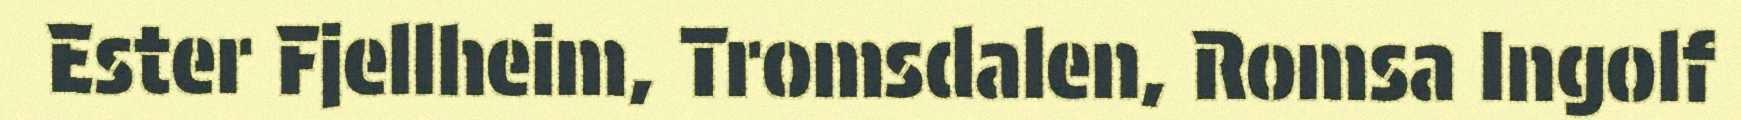
Ester Fjellheim, Tromsdalen, Romsa Ingolf